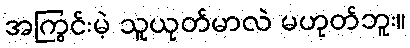
အကြွင်းမဲ့ သူယုတ်မာလဲ မဟုတ်ဘူး။